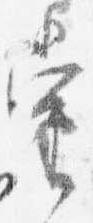
当